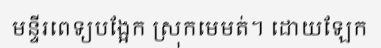
មន្ទីរពេទ្យបង្អែក ស្រុកមេមត់។ ដោយឡែក